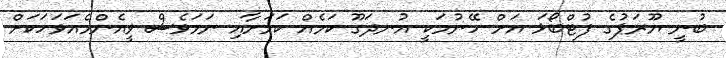
ބުނީ ޔޫރަޕުގެ ފުޓްބޯޅަ އަށް ހޭނުމަކީ އުނދަގޫ ކަމެއް ކަމަށާއި ނަމަވެސް ވީއެންމެއަވަހަކަށް